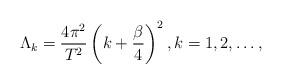
LaTeX: \begin{align*}\Lambda_k=\frac{4\pi^2}{T^2}\left(k+\frac{\beta}{4}\right)^2,k=1,2,\ldots ,\end{align*}